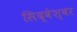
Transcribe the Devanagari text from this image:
सिद्वेश्वर